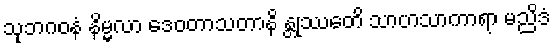
သုဘဂဝနံ နိမ္မလာ ဒေဝတာသတာနိ န္တုဿေတိ သာဟသာကာရာ မညိဒံ